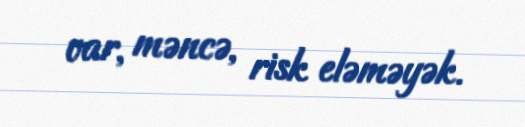
var, məncə, risk eləməyək.